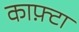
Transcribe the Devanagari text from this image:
काफ़्टा